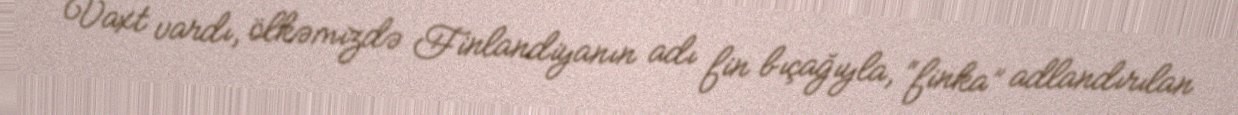
Vaxt vardı, ölkəmizdə Finlandiyanın adı fin bıçağıyla, “finka” adlandırılan